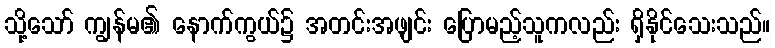
သို့သော် ကျွန်မ၏ နောက်ကွယ်၌ အတင်းအဖျင်း ပြောမည့်သူကလည်း ရှိနိုင်သေးသည်။